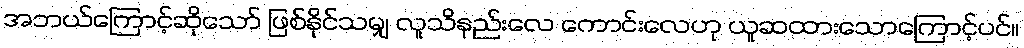
အဘယ်ကြောင့်ဆိုသော် ဖြစ်နိုင်သမျှ လူသိနည်းလေ ကောင်းလေဟု ယူဆထားသောကြောင့်ပင်။